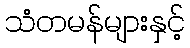
သံတမန်များနှင့်